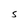
Character: S